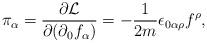
LaTeX: \begin{align*}\pi_{\alpha}=\frac{\partial\mathcal{L}}{\partial(\partial_{0}f_{\alpha})}=-\frac{1}{2m}\epsilon_{0\alpha\rho}f^{\rho},\end{align*}